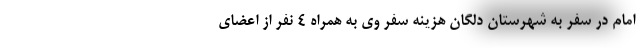
امام در سفر به شهرستان دلگان هزینه سفر وی به همراه 4 نفر از اعضای